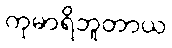
ကုမာရိဘူတာယ